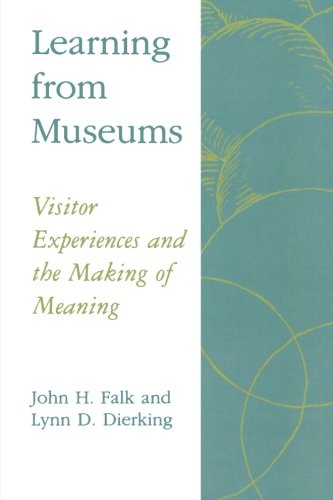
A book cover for Learning from Museums: Visitor Experiences and the Making of Meaning (American Association for State and Local History); John H. Falk; Business & Money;